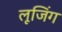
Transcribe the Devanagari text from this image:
लूजिंग